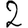
Digit: 2